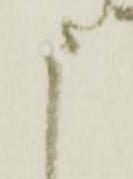
申